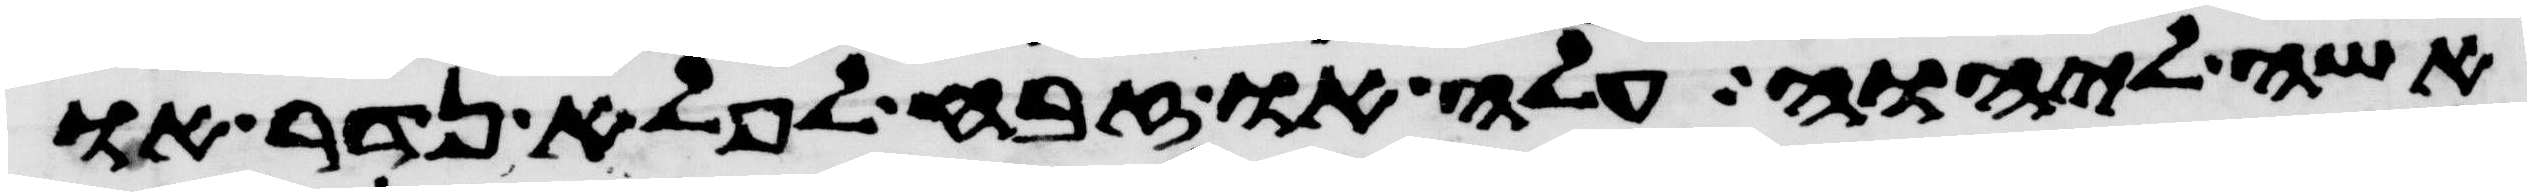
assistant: אשה ליהוה עלה או זבח לפלא נדר או